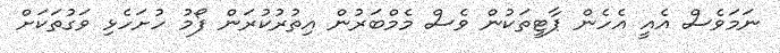
ނަމަވެސް އެއީ އެހެން ޕާޓީތަކުން ވެސް މެމްބަރުން އިތުރުކުރަން ފޯމު ހުށަހެޅި ވަގުތަކަށް